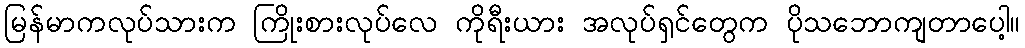
မြန်မာကလုပ်သားက ကြိုးစားလုပ်လေ ကိုရီးယား အလုပ်ရှင်တွေက ပိုသဘောကျတာပေါ့။